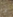
ما